Annual administration report of the Civil Veterinary Department of India - 1906-1907
Year: 1906
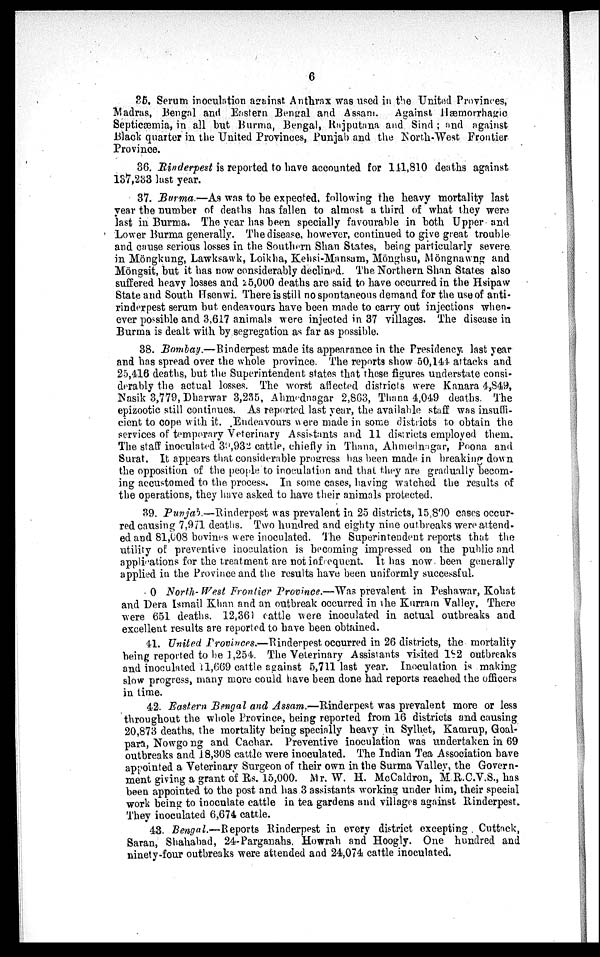
6
35. Serum inoculation against Anthrax was used in the United Provinces,
Madras, Bengal and Eastern Bengal and Assam. Against Hæmorrhagic
Septicæmia, in all but Burma, Bengal, Rajputana and Sind ; and against
Black quarter in the United Provinces, Punjab and the North-West Frontier
Province.
36. Rinderpest is reported to have accounted for 141,810 deaths against
137,233 last year.
37. Burma.—As was to be expected, following the heavy mortality last
year the number of deaths has fallen to almost a third of what they were
last in Burma. The year has been specially favourable in both Upper and
Lower Burma generally. The disease, however, continued to give great trouble
and cause serious losses in the Southern Shan States, being particularly severe
in Möngkung, Lawksawk, Loikha, Kehsi-Mansam, Mönghsu, Möngnawng and
Möngsit, but it has now considerably declined. The Northern Shan States also
suffered heavy losses and 25,000 deaths are said to have occurred in the Hsipaw
State and South Hsenwi. There is still no spontaneous demand for the use of anti-
rinderpest serum but endeavours have been made to carry out injections when-
ever possible and 3,617 animals were injected in 37 villages. The disease in
Burma is dealt with by segregation as far as possible.
38. Bombay.—Rinderpest made its appearance in the Presidency last year
and has spread over the whole province. The reports show 50,144 attacks and
25,416 deaths, but the Superintendent states that these figures understate consi-
derably the actual losses. The worst affected districts were Kanara 4,849,
Nasik 3,779, Dharwar 3,235, Ahmednagar 2,863, Thana 4,049 deaths. The
epizootic still continues. As reported last year, the available staff was insuffi-
cient to cope with it. Endeavours were made in some districts to obtain the
services of temporary Veterinary Assistants and 11 districts employed them.
The staff inoculated 39,932 cattle, chiefly in Thana, Ahmednagar, Poona and
Surat. It appears that considerable progress has been made in breaking down
the opposition of the people to inoculation and that they are gradually becom-
ing accustomed to the process. In some cases, having watched the results of
the operations, they have asked to have their animals protected.
39. Punjab.—Rinderpest was prevalent in 25 districts, 15,890 cases occur-
red causing 7,971 deaths. Two hundred and eighty nine outbreaks were attend-
ed and 81,008 bovines were inoculated. The Superintendent reports that the
utility of preventive inoculation is becoming impressed on the public and
applications for the treatment are not infrequent. It has now been generally
applied in the Province and the results have been uniformly successful.
0 North-West Frontier Province.—Was prevalent in Peshawar, Kohat
and Dera Ismail Khan and an outbreak occurred in the Kurram Valley. There
were 651 deaths. 12,361 cattle were inoculated in actual outbreaks and
excellent results are reported to have been obtained.
41. United Provinces.—Rinderpest occurred in 26 districts, the mortality
being reported to be 1,254. The Veterinary Assistants visited 182 outbreaks
and inoculated 11,669 cattle against 5,711 last year. Inoculation is making
slow progress, many more could have been done had reports reached the officers
in time.
42. Eastern Bengal and Assam.—Rinderpest was prevalent more or less
throughout the whole Province, being reported from 16 districts and causing
20,873 deaths, the mortality being specially heavy in Sylhet, Kamrup, Goal-
para, Nowgo ng and Cachar. Preventive inoculation was undertaken in 69
outbreaks and 18,308 cattle were inoculated. The Indian Tea Association have
appointed a Veterinary Surgeon of their own in the Surma Valley, the Govern-
ment giving a grant of Rs. 15,000. Mr. W. H. McCaldron, M.R.C.V.S., has
been appointed to the post and has 3 assistants working under him, their special
work being to inoculate cattle in tea gardens and villages against Rinderpest.
They inoculated 6,674 cattle.
43. Bengal.—Reports Rinderpest in every district excepting Cuttack,
Saran, Shahabad, 24-Parganahs. Howrah and Hoogly. One hundred and
ninety-four outbreaks were attended and 24,074 cattle inoculated.